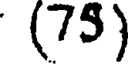
(75)